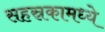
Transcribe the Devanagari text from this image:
सहस्रकामध्ये